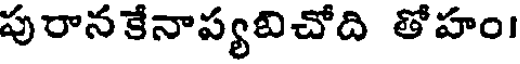
పురానకేనాప్యవిచోది తోహం।